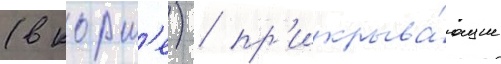
(в корм'е) / пр'икрыва́ющие